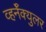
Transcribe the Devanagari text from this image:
व्हर्नॅक्युलर